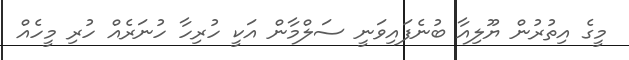
މީގެ އިތުރުން ޔޫލިއާ ބުނެފައިވަނީ ސަލްމާން އަކީ ހުރިހާ ހުނަރެއް ހުރި މީހެއް